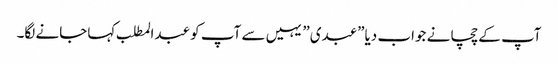
آپ کے چچا نے جواب دیا”عبدی” یہیں سے آپ کو عبدالمطلب کہاجانے لگا۔